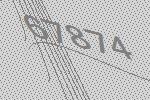
67874